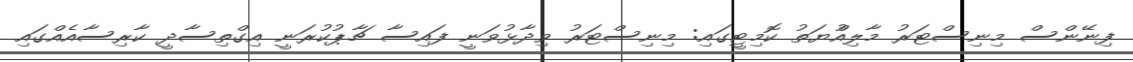
ފިނޭންސް މިނިސްޓަރު މާލިއްުޔަތު ކޮމިޓީގައި: މިނިސްޓަރު ވިދާޅުވަނީ ފައިސާ ޗާޕުކުރަނީ އިގްތިސާދީ ކާރިސާއެއްގައި